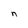
Character: n